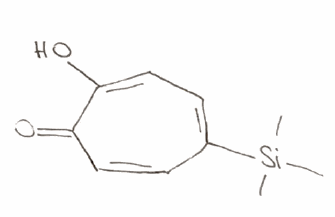
Simplified molecular-input line-entry system (SMILES) notation of the given molecule:
C[Si](C)(C)C1=CC=C(C(=O)C=C1)O